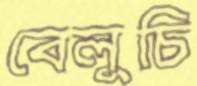
বেলুচি